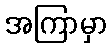
အကြာမှာ